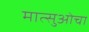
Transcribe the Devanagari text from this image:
मात्सुओचा